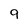
Character: 9